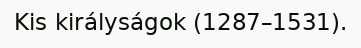
Kis királyságok (1287–1531).